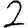
Digit: 2